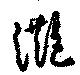
灔